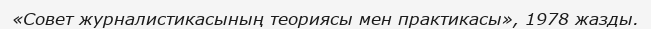
«Совет журналистикасының теориясы мен практикасы», 1978 жазды.